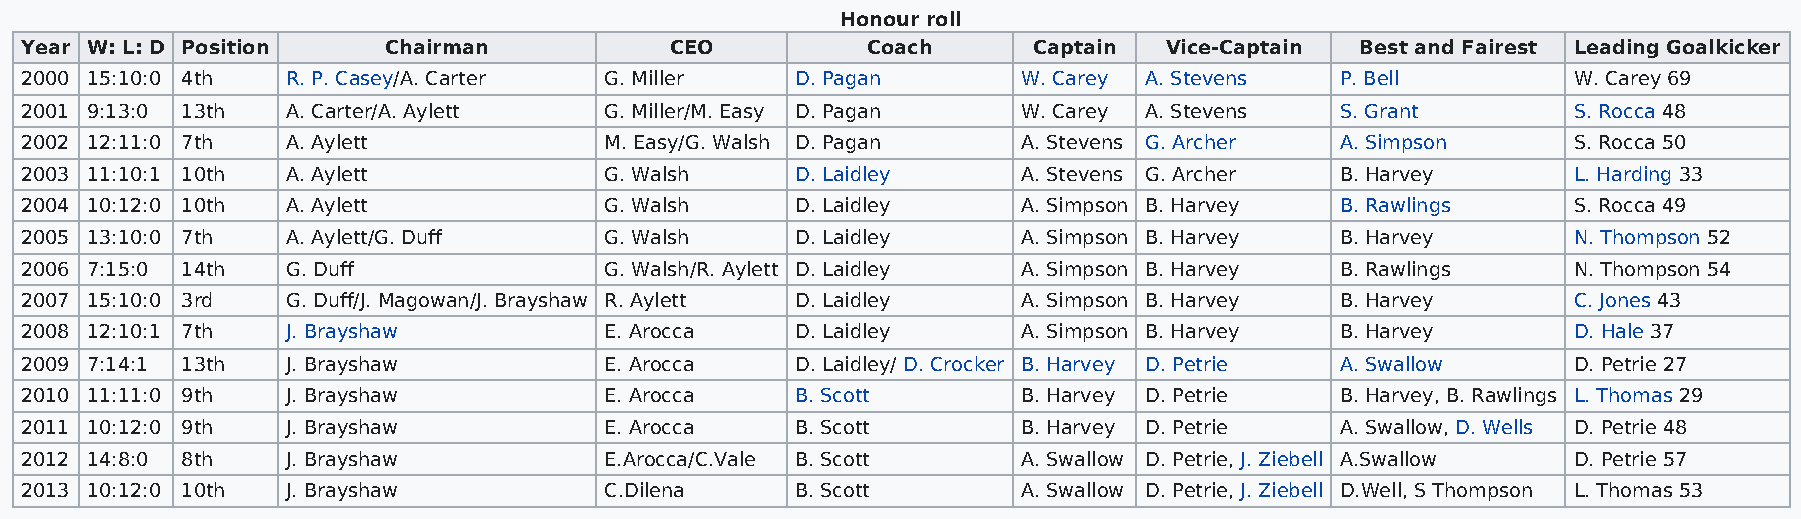
Honour roll
 Year W: L: D Position   Chairman           CEO          Coach      Captain  Vice-Captain Best and Fairest Leading Goalkicker
 2000 15:10:0 4th  R. P. Casey/A. Carter G. Miller   D. Pagan       W. Carey A. Stevens  P. Bell        W. Carey 69
 2001 9:13:0 13th  A. Carter/A. Aylett  G. Miller/M. Easy D. Pagan  W. Carey A. Stevens  S. Grant       S. Rocca 48
 2002 12:11:0 7th  A. Aylett            M. Easy/G. Walsh D. Pagan   A. Stevens G. Archer A. Simpson     S. Rocca 50
 2003 11:10:1 10th A. Aylett            G. Walsh     D. Laidley     A. Stevens G. Archer B. Harvey      L. Harding 33
 2004 10:12:0 10th A. Aylett            G. Walsh     D. Laidley     A. Simpson B. Harvey B. Rawlings    S. Rocca 49
 2005 13:10:0 7th  A. Aylett/G. Duff    G. Walsh     D. Laidley     A. Simpson B. Harvey B. Harvey      N. Thompson 52
 2006 7:15:0 14th  G. Duff              G. Walsh/R. Aylett D. Laidley A. Simpson B. Harvey B. Rawlings  N. Thompson 54
 2007 15:10:0 3rd  G. Duff/J. Magowan/J. Brayshaw R. Aylett D. Laidley A. Simpson B. Harvey B. Harvey   C. Jones 43
 2008 12:10:1 7th  J. Brayshaw          E. Arocca    D. Laidley     A. Simpson B. Harvey B. Harvey      D. Hale 37
 2009 7:14:1 13th  J. Brayshaw          E. Arocca    D. Laidley/ D. Crocker B. Harvey D. Petrie A. Swallow D. Petrie 27
 2010 11:11:0 9th  J. Brayshaw          E. Arocca    B. Scott       B. Harvey D. Petrie  B. Harvey, B. Rawlings L. Thomas 29
 2011 10:12:0 9th  J. Brayshaw          E. Arocca    B. Scott       B. Harvey D. Petrie  A. Swallow, D. Wells D. Petrie 48
 2012 14:8:0 8th   J. Brayshaw          E.Arocca/C.Vale B. Scott    A. Swallow D. Petrie, J. Ziebell A.Swallow D. Petrie 57
 2013 10:12:0 10th J. Brayshaw          C.Dilena     B. Scott       A. Swallow D. Petrie, J. Ziebell D.Well, S Thompson L. Thomas 53